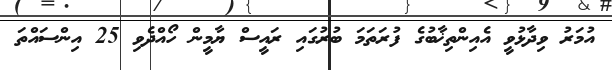
އުމަރު ވިދާޅުވީ އެއިންތިޚާބުގެ ފުރަތަމަ ބުރުގައި ރައީސް ޔާމީން ހޯއްދެވި 25 އިންސައްތަ